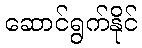
ဆောင်ရွက်နိုင်